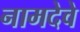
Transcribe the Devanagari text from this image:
नामदेवे